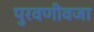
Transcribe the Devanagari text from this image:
पुरवणीवजा